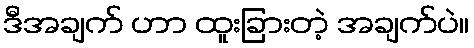
ဒီအချက် ဟာ ထူးခြားတဲ့ အချက်ပဲ။